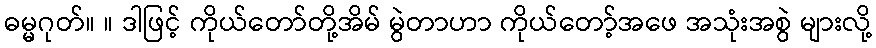
ဓမ္မဂုတ်။ ။ ဒါဖြင့် ကိုယ်တော်တို့အိမ် မွဲတာဟာ ကိုယ်တော့်အဖေ အသုံးအစွဲ များလို့